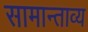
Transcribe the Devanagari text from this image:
सामान्ताव्य